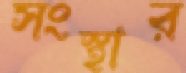
সংস্থার